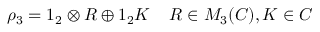
\rho _ { 3 } = 1 _ { 2 } \otimes R \oplus 1 _ { 2 } K \; \; \; \; R \in M _ { 3 } ( C ) , K \in C